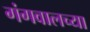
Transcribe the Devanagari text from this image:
गंगवालच्या